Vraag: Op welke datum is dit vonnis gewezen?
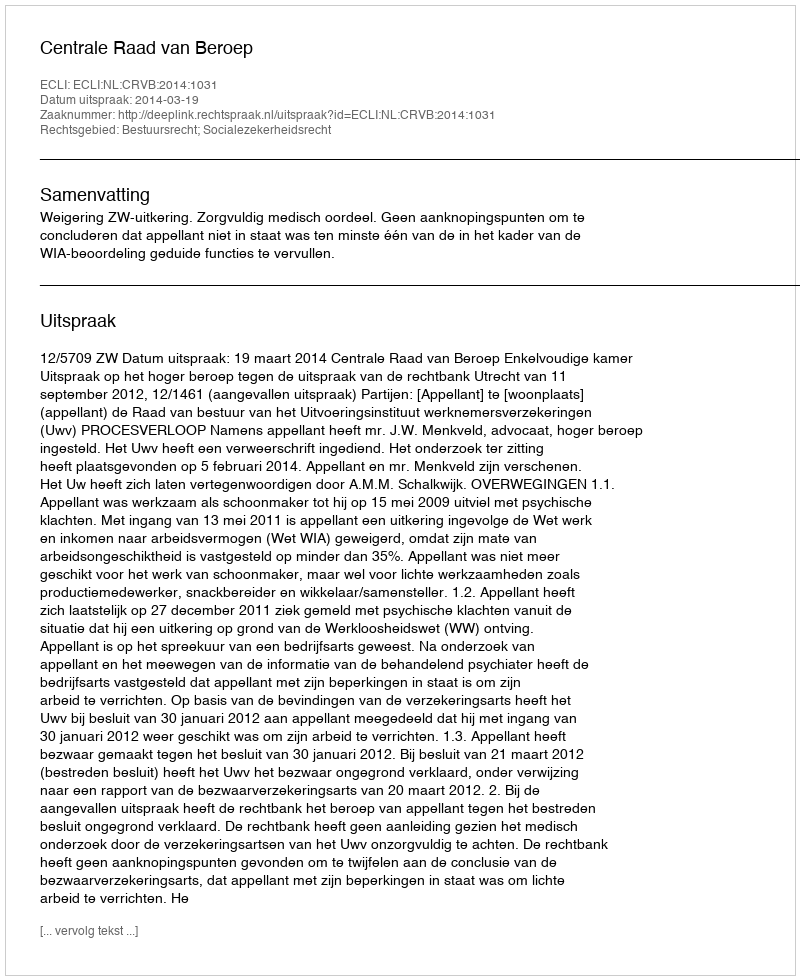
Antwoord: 2014-03-19